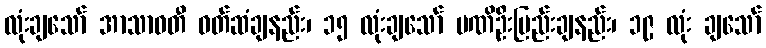
လုံးချသော် အာသာဝတီ ဝတ်ဆံချနည်း၊ ၁၅ လုံးချသော် မဏိဦးပြည်းချနည်း၊ ၁၉ လုံး ချသော်